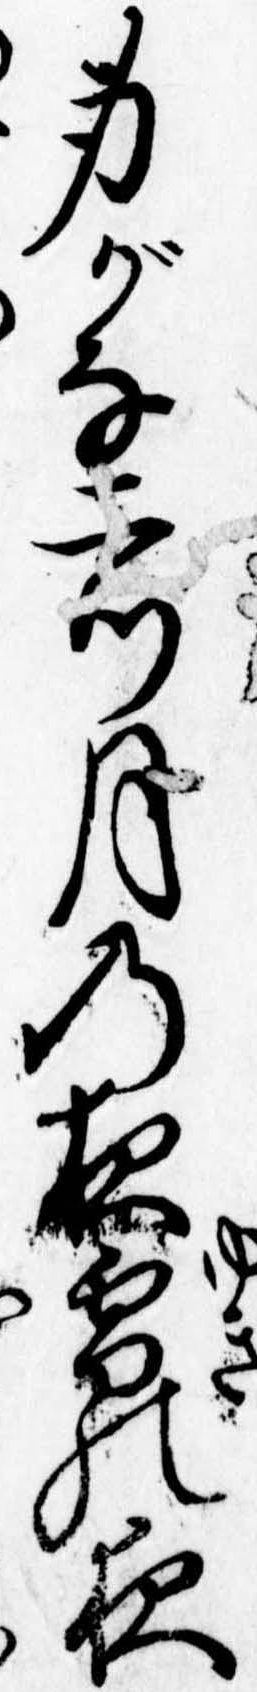
身がな二つ月の夜雪の夜